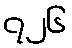
၇၂၆